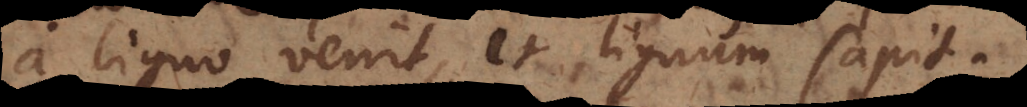
a ligno venit, et lignum sapit.